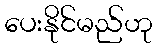
ပေးနိုင်မည်ဟု